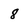
Character: 8